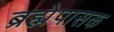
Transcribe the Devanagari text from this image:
ब्रह्मेपासक